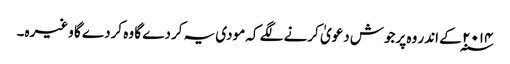
۲۰۱۴ ؁ کے اندر وہ پرجوش دعویٰ کرنے لگے کہ مودی یہ کردے گا وہ کردے گا وغیرہ۔